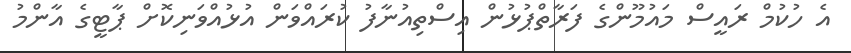
އެ ހުކުމް ރައީސް މައުމޫންގެ ފަރާތްޕުޅުން އިސްތިއުނާފު ކުރައްވަން އުޅުއްވަނިކޮށް ޕާޓީގެ އާންމު